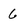
Character: 6